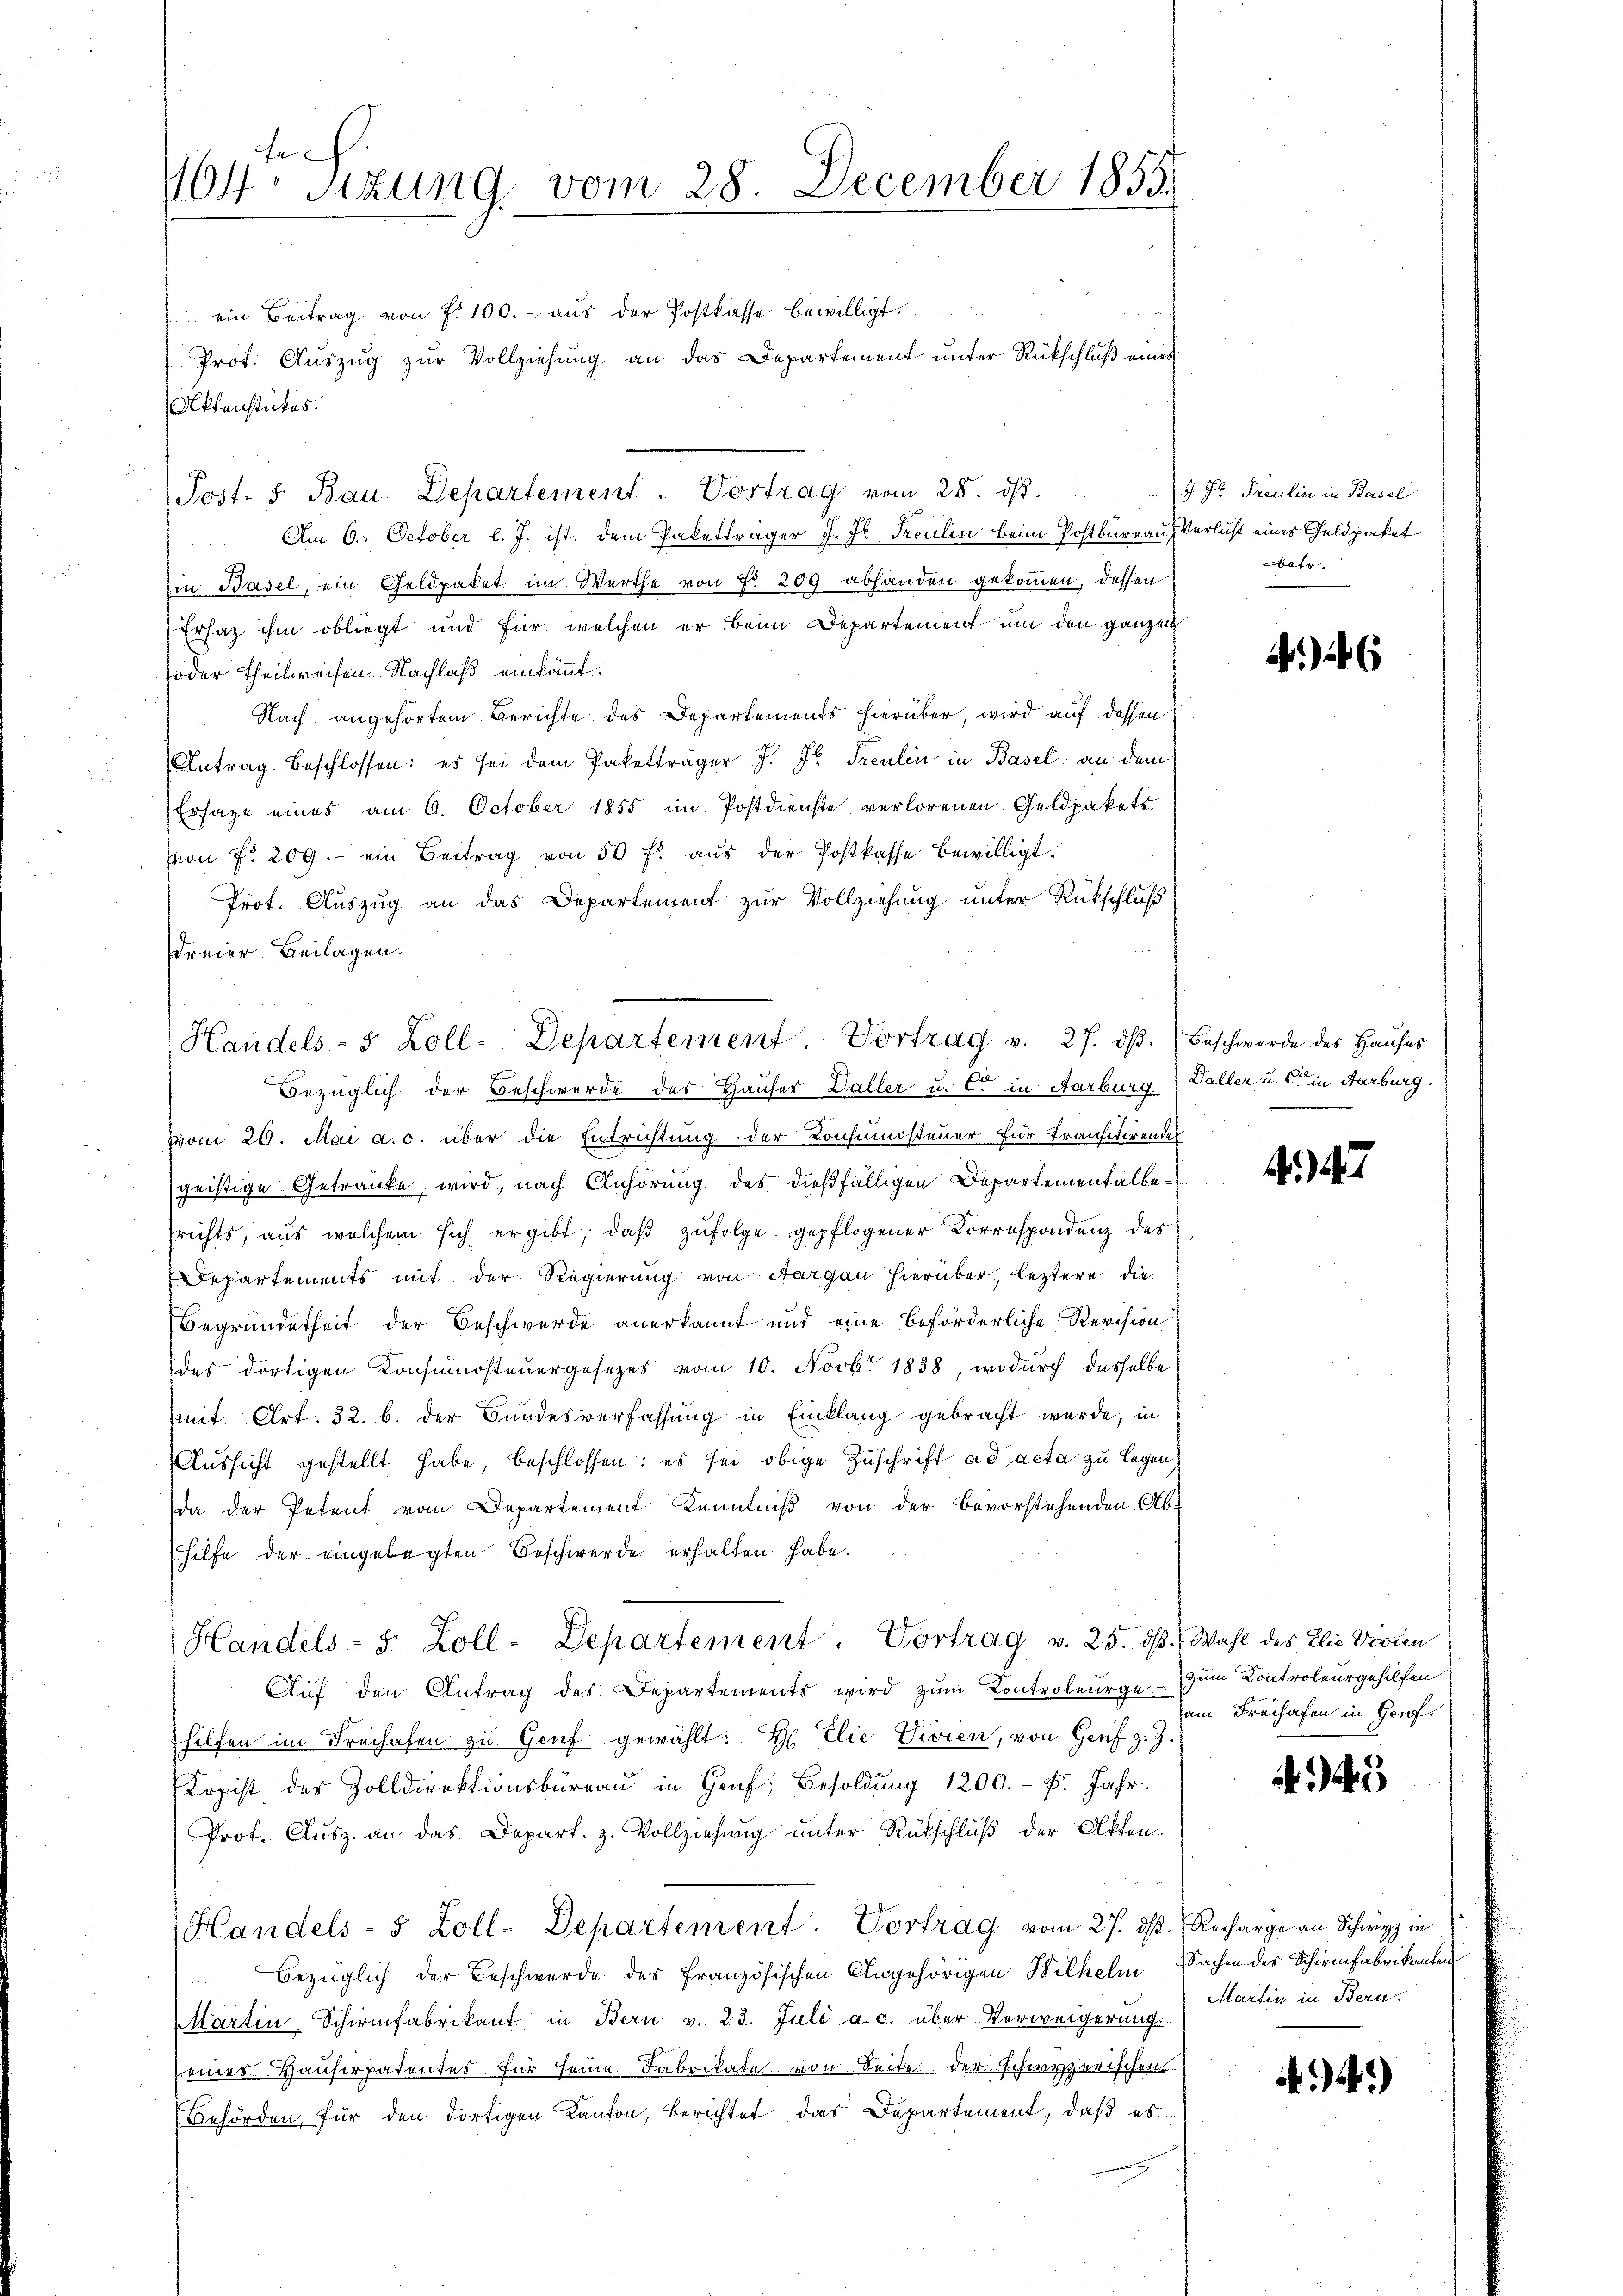
104. Sizung vom 28. December 1855.

ein Beitrag von f. 100.- aus der Postkasse bewilligt
Prot. Auszug zur Vollziehung an das Departement unter Rückschluß eines
Aktenstückes.
Am 6. October l. J. ist, dem Paketträger J. J. Treulin beim Postbureau Verlust eines Geldpaket
iin Basel, ein Geldpaket im Werthe von § 209. abhanden gekommen, dessen
Ersatz ihm obliegt und für welchen er beim Departement um den ganzen
oder Theilweisen. Nachlaß einkönnt.
Nach angehörtem Berichte des Departements hierüber, wird auf dessen
Antrag beschlossen: es sei dem Paketträger J. J. Treulin in Basel an dem
Ersatze eines am 6. October 1855 im Postdienste verlorenen Geldpakets
von Fr. 209. ein Beitrag von 50 fl. aus der Postkasse bewilligt.
Prot. Auszug an das Departement zur Vollziehung unter Rückschluß
dreier Beilagen.

Post. S. Bau-Departement. Vortrag vom 28. ds.

Handels- 5 Zoll-Departement. Vortrag v. 27. dβ. Beschwerde des Hauses

7 Fr. Traulin in Basel
betr.

Bezüglich der Beschwerde des Hauses Daller u. C in Aarburg aller u. c. in Aarburg.
vom 20. Mai a. c. über die Entrichtung der Konsumsteuer für Transitirendes
geistige Getränke, wird, nach Anhörung des dießfälligen Departementalberechts, aus welchem sich ergibt, daß zufolge gepflogener Korrespondenz des
Departements mit der Regierung von Aargau hierüber, leztere die
Begründetheit der Beschwerde anerkannt und eine beförderliche Revision
des dortigen Konsumsteuergesetzes vom 10. Novb. 1838, wodurch dasselbe
mit Art. 32. b. der Bundesverfassung in Einklang gebracht wurde, in
Aussicht gestellt habe, beschlossen: es sei obige Zuschrift ad acta zu legen
da der Petent vom Departement Kenntniß von der bevorstehenden Ab-
hilfe der eingelegten Beschwerde erhalten habe.
Handels- S. Zoll-Departement. Vortrag v. 25. dβ. Wahl des Elie Divien
Auf den Antrag des Departements wird zum Kontroleurge- zum Kontroleurgehilfen
hilfen im Freihafen zu Genf gewählt: H. Elie wien, von Genf z. Z.
Kopist des Zolldirektionsbüreaŭ in Genf, Besoldŭng 1200.- F. Jahr.
Prot. Ausz. an das Depart. z. Vollziehung unter Rückschluß der Akten.
Handels- 5 Zoll-Departement. Vortrag vom 27. ds. Recharge an Schwyz in
bezüglich der Beschwerde des Französischen Angehörigen Wilhelm Sachen des Schirmfabrikanten
MMartin, Schirmfabrikant in Bern v. 23. Juli a. c. über Verweigerung
seines Hauserpatentes für seine Fabrikate von Seite der schwyzerischen
Behörden, für den dortigen Kanton, berichtet das Departement, daß es

)6

.

am Freihafen in Genf.

Martin in Bern.

34)